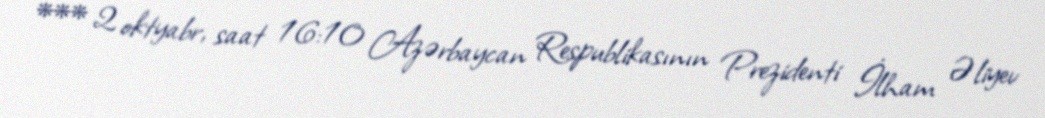
*** 2 oktyabr, saat 16:10 Azərbaycan Respublikasının Prezidenti İlham Əliyev